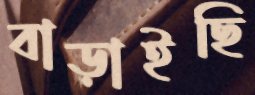
বাড়াইছি